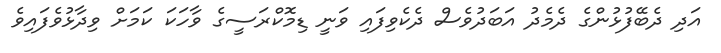
އަދި ދެބޭފުޅުންގެ ދެމެދު އަބަދުވެސް ދެކެވިފައި ވަނީ ޑިމޮކްރަސީގެ ވާހަކަ ކަމަށް ވިދާޅުވެފައިވެ